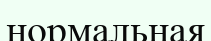
нормальная